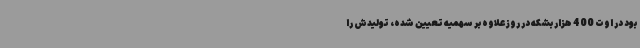
بود در اوت 400 هزار بشکه در روز علاوه بر سهمیه تعیین شده، تولیدش را